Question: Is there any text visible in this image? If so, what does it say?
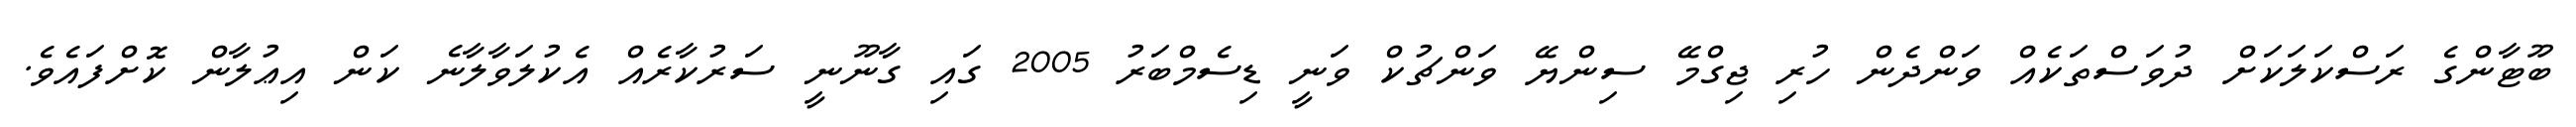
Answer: ބޫޓާންގެ ރަސްކަލަކަށް ދުވަސްތަކެއް ވަންދެން ހުރި ޖިގްމޭ ސިންޔޭ ވަންޗުކް ވަނީ ޑިސެމްބަރު 2005 ގައި ގާނޫނީ ސަރުކާރެއް އެކުލަވާލާނެ ކަން އިޢުލާން ކޮށްފައެވެ.